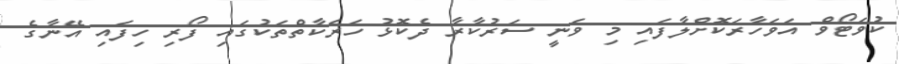
ކުވަޓޯވް އަވަހާރަކޮށްލާފައި މި ވަނީ ސަރުކާރާ ދެކޮޅު ހަރަކާތްތަކުގައި ފޯރި ހިފައި އޭނާގެ